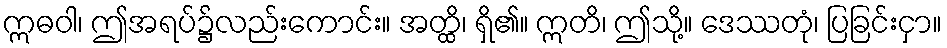
ဣဓဝါ၊ ဤအရပ်၌လည်းကောင်း။ အတ္ထိ၊ ရှိ၏။ ဣတိ၊ ဤသို့။ ဒေဿတုံ၊ ပြခြင်းငှာ။